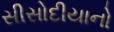
સીસોદીયાનો